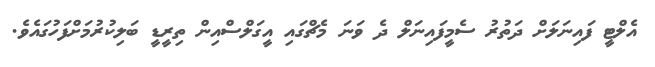
އެލްޓީ ފައިނަލަށް ދަތުރު ސެމީފައިނަލް ދެ ވަަނަ މެޗްގައި އީގަލްސްއިން ތިރީޑީ ބަލިކުރުމަށްފަހުގައެވެ.